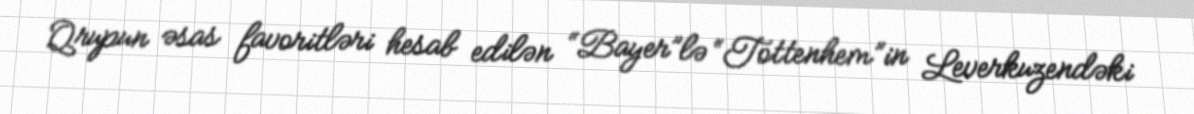
Qrupun əsas favoritləri hesab edilən “Bayer”lə “Tottenhem”in Leverkuzendəki